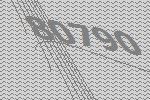
80790